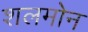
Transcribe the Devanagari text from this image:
शलमोन